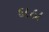
દાઠા